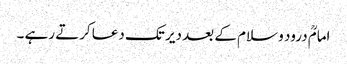
امامؒ درود و سلام کے بعد دیر تک دعا کرتے رہے ۔